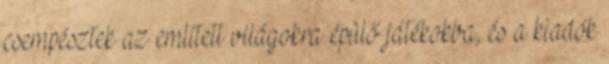
csempésztek az említett világokra épülő játékokba, és a kiadók